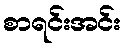
စာရင်းအင်း